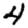
Digit: 4